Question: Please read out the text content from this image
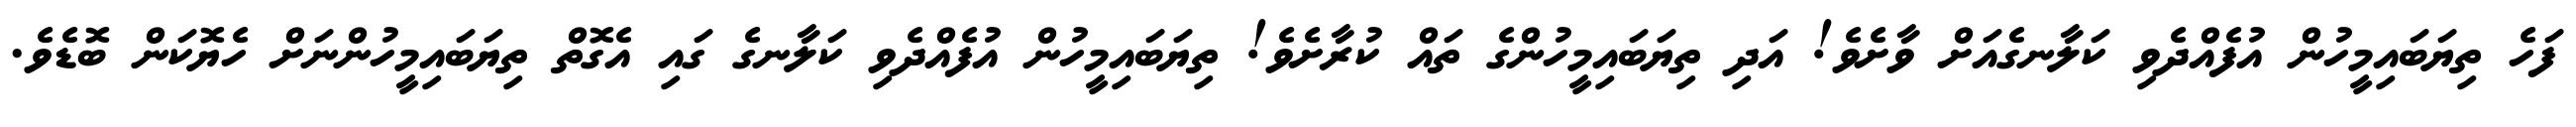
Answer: ފަހެ ތިޔަބައިމީހުން އުފެއްދެވި ކަލާނގެއަށް ވާށެވެ! އަދި ތިޔަބައިމީހުންގެ ތައް ކުރާށެވެ! ތިޔަބައިމީހުން އުފެއްދެވި ކަލާނގެ ގައި އެގޮތް ތިޔަބައިމީހުންނަށް ހެޔޮކަން ބޮޑެވެ.